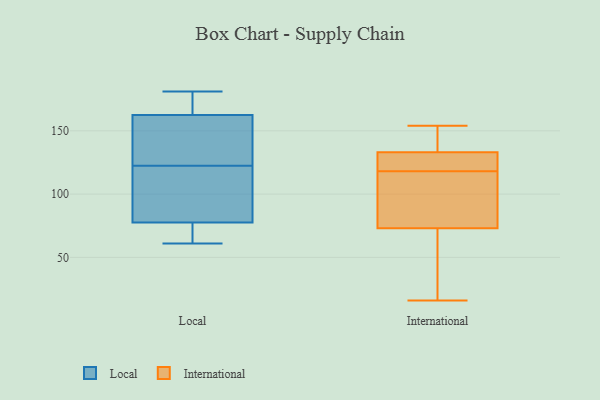
{"axis": {"x": "Energy Usage (MWh)", "y": "Value"}, "legend": ["International", "Local"], "data": [{"x": "", "y": 150, "type": "Local"}, {"x": "", "y": 74, "type": "Local"}, {"x": "", "y": 95, "type": "Local"}, {"x": "", "y": 168, "type": "Local"}, {"x": "", "y": 156, "type": "Local"}, {"x": "", "y": 181, "type": "Local"}, {"x": "", "y": 65, "type": "Local"}, {"x": "", "y": 91, "type": "Local"}, {"x": "", "y": 157, "type": "Local"}, {"x": "", "y": 81, "type": "Local"}, {"x": "", "y": 61, "type": "Local"}, {"x": "", "y": 175, "type": "Local"}, {"x": "", "y": 73, "type": "International"}, {"x": "", "y": 114, "type": "International"}, {"x": "", "y": 134, "type": "International"}, {"x": "", "y": 154, "type": "International"}, {"x": "", "y": 16, "type": "International"}, {"x": "", "y": 151, "type": "International"}, {"x": "", "y": 73, "type": "International"}, {"x": "", "y": 36, "type": "International"}, {"x": "", "y": 121, "type": "International"}, {"x": "", "y": 118, "type": "International"}, {"x": "", "y": 130, "type": "International"}]}